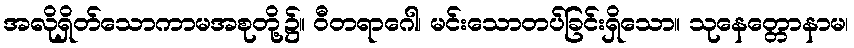
အလိုရှိတ်သောကာမအစုတို့၌။ ဝီတရာဂေါ၊ မင်းသောတပ်ခြင်းရှိသော။ သုနေတ္တောနာမ၊